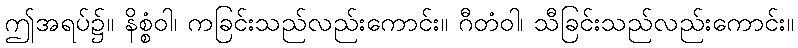
ဤအရပ်၌။ နိစ္စံဝါ၊ ကခြင်းသည်လည်းကောင်း။ ဂီတံဝါ၊ သီခြင်းသည်လည်းကောင်း။